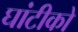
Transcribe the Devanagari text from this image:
घांटीको